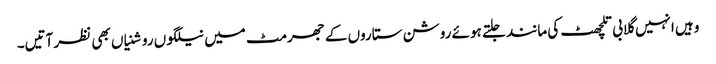
وہیں انہیں گلابی تلچھٹ کی مانند جلتے ہوئے روشن ستاروں کے جھرمٹ میں نیلگوں روشنیاں بھی نظر آتیں۔